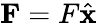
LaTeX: {\mathbf{F}}=F\hat{\mathbf{x}}